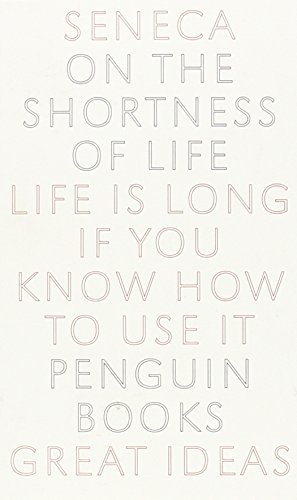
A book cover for On the Shortness of Life (Penguin Great Ideas); Seneca; Politics & Social Sciences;